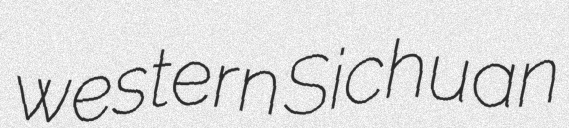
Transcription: western Sichuan